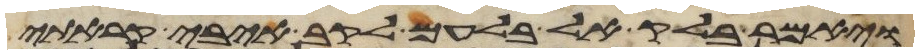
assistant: ויאמר בלק אל בלעם לקב איבי קראתי